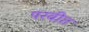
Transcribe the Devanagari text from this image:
परवीत